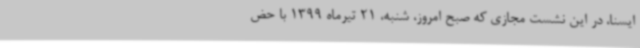
ایسنا، در این نشست مجازی که صبح امروز، شنبه، 21 تیرماه 1399 با حض